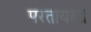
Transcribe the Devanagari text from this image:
परतायला